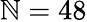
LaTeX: \mathbb{N}=48